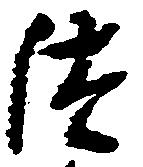
つ